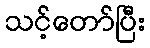
သင့်တော်ပြီး